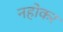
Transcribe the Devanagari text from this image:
नहोकर